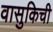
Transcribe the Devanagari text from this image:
वासुकिची